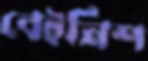
বেইনিশ